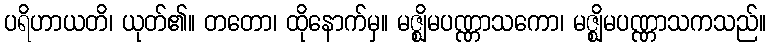
ပရိဟာယတိ၊ ယုတ်၏။ တတော၊ ထိုနောက်မှ။ မဇ္ဈိမပဏ္ဏာသကော၊ မဇ္ဈိမပဏ္ဏာသကသည်။